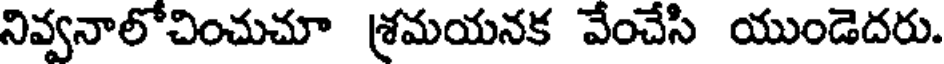
నివ్వనాలోచించుచూ శ్రమయనక వేంచేసి యుండెదరు.